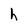
Character: h